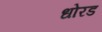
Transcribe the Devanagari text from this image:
धोरड